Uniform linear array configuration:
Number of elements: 64
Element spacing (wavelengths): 0.5
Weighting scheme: binomial
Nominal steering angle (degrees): -15
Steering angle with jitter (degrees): -16.659
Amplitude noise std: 0.05
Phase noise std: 0.05

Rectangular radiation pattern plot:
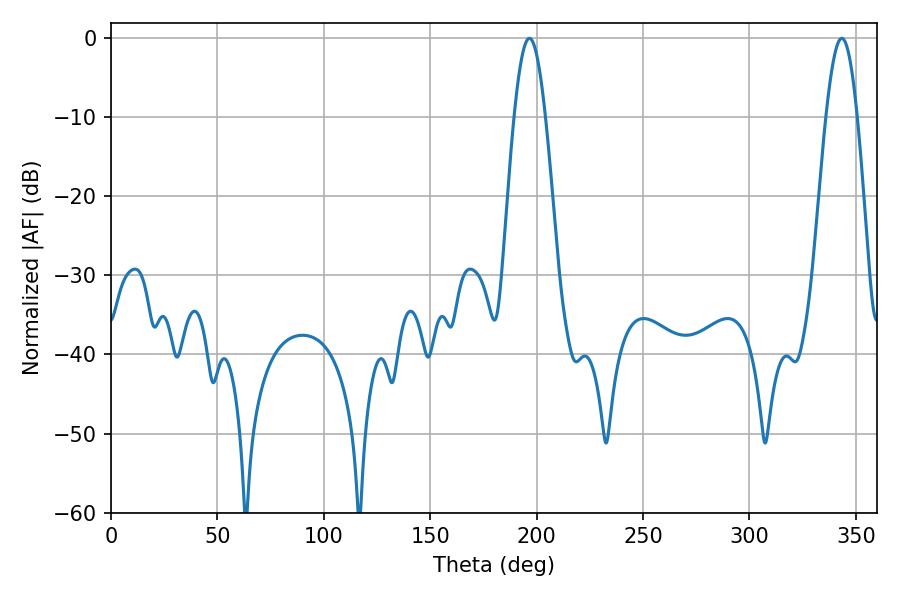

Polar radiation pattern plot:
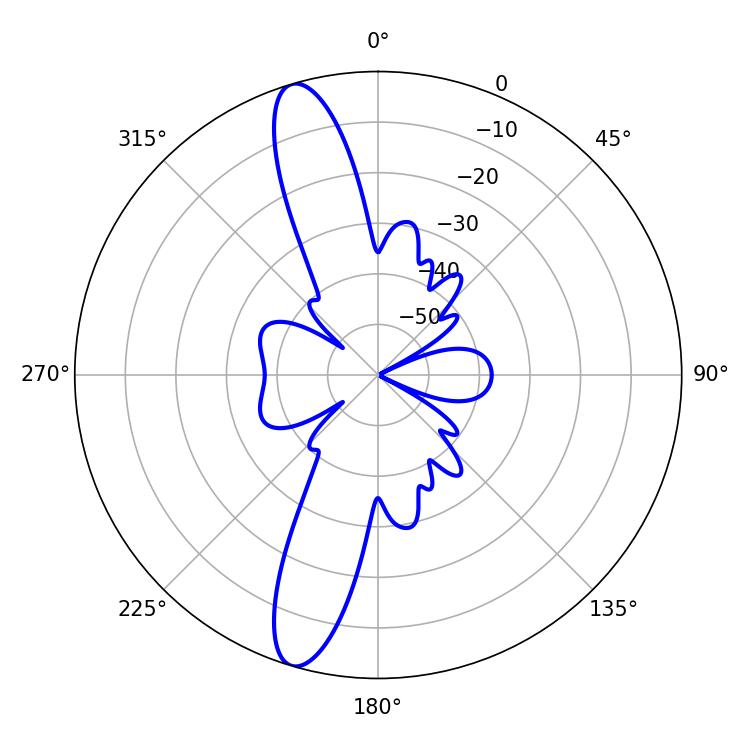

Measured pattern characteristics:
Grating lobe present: FALSE
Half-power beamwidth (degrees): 7.74
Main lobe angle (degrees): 196.56